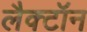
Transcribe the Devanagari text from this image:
लैक्टॉन